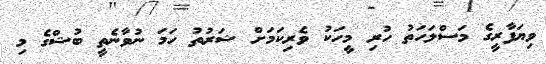
ވިޔަފާރީގެ މަސްލަހަތު ހުރި މީހަކު ވެރިކަމަށް ޝަރުތު ހަމަ ނުވާނެތީ ބުޝްގެ މި